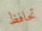
تحافظ